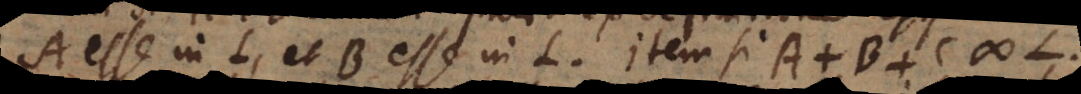
A esse in L, et B esse in L. Item si A. B. C #